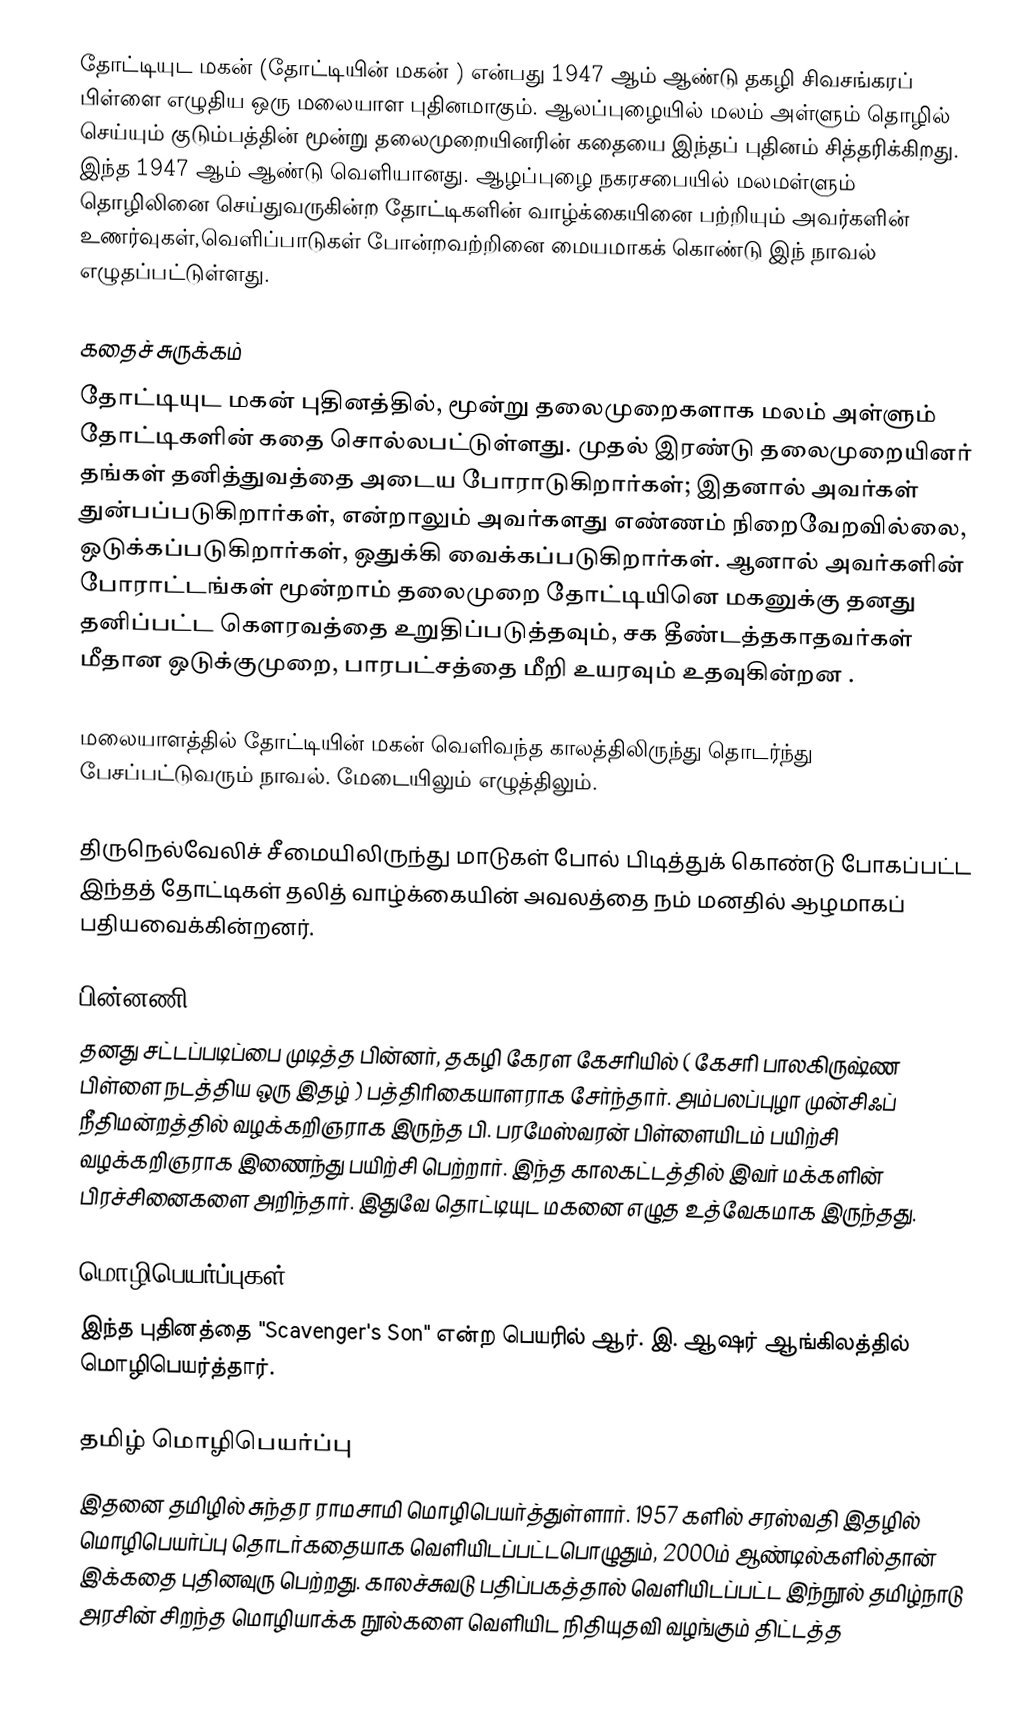
தோட்டியுட மகன் (தோட்டியின் மகன் ) என்பது 1947 ஆம் ஆண்டு தகழி சிவசங்கரப் பிள்ளை எழுதிய ஒரு மலையாள புதினமாகும்.  ஆலப்புழையில் மலம் அள்ளும் தொழில் செய்யும் குடும்பத்தின் மூன்று தலைமுறையினரின் கதையை இந்தப் புதினம்  சித்தரிக்கிறது. இந்த 1947 ஆம் ஆண்டு வெளியானது. ஆழப்புழை நகரசபையில் மலமள்ளும் தொழிலினை செய்துவருகின்ற தோட்டிகளின் வாழ்க்கையினை பற்றியும் அவர்களின் உணர்வுகள்,வெளிப்பாடுகள் போன்றவற்றினை மையமாகக் கொண்டு இந் நாவல் எழுதப்பட்டுள்ளது.

கதைச் சுருக்கம்
தோட்டியுட மகன் புதினத்தில், மூன்று தலைமுறைகளாக மலம் அள்ளும் தோட்டிகளின் கதை சொல்லபட்டுள்ளது. முதல் இரண்டு தலைமுறையினர் தங்கள் தனித்துவத்தை அடைய போராடுகிறார்கள்; இதனால் அவர்கள் துன்பப்படுகிறார்கள், என்றாலும் அவர்களது எண்ணம் நிறைவேறவில்லை, ஒடுக்கப்படுகிறார்கள், ஒதுக்கி வைக்கப்படுகிறார்கள். ஆனால் அவர்களின் போராட்டங்கள் மூன்றாம் தலைமுறை தோட்டியினெ மகனுக்கு தனது தனிப்பட்ட கௌரவத்தை உறுதிப்படுத்தவும், சக தீண்டத்தகாதவர்கள் மீதான ஒடுக்குமுறை,  பாரபட்சத்தை மீறி உயரவும் உதவுகின்றன .

மலையாளத்தில் தோட்டியின் மகன் வெளிவந்த காலத்திலிருந்து தொடர்ந்து பேசப்பட்டுவரும் நாவல். மேடையிலும் எழுத்திலும்.

திருநெல்வேலிச் சீமையிலிருந்து மாடுகள் போல் பிடித்துக் கொண்டு போகப்பட்ட இந்தத் தோட்டிகள் தலித் வாழ்க்கையின் அவலத்தை நம் மனதில் ஆழமாகப் பதியவைக்கின்றனர்.

பின்னணி
தனது சட்டப்படிப்பை முடித்த பின்னர், தகழி கேரள கேசரியில் ( கேசரி பாலகிருஷ்ண பிள்ளை நடத்திய ஒரு இதழ் ) பத்திரிகையாளராக சேர்ந்தார். அம்பலப்புழா முன்சிஃப் நீதிமன்றத்தில் வழக்கறிஞராக இருந்த பி. பரமேஸ்வரன் பிள்ளையிடம் பயிற்சி வழக்கறிஞராக இணைந்து பயிற்சி பெற்றார். இந்த காலகட்டத்தில் இவர் மக்களின் பிரச்சினைகளை அறிந்தார். இதுவே தொட்டியுட மகனை எழுத உத்வேகமாக இருந்தது.

மொழிபெயர்ப்புகள்
இந்த புதினத்தை "Scavenger's Son" என்ற பெயரில் ஆர். இ. ஆஷர் ஆங்கிலத்தில் மொழிபெயர்த்தார்.

தமிழ் மொழிபெயர்ப்பு
இதனை தமிழில் சுந்தர ராமசாமி மொழிபெயர்த்துள்ளார். 1957 களில் சரஸ்வதி இதழில் மொழிபெயர்ப்பு  தொடர்கதையாக வெளியிடப்பட்டபொழுதும், 2000ம் ஆண்டில்களில்தான் இக்கதை புதினவுரு பெற்றது. காலச்சுவடு பதிப்பகத்தால் வெளியிடப்பட்ட இந்நூல் தமிழ்நாடு அரசின் சிறந்த மொழியாக்க நூல்களை வெளியிட நிதியுதவி வழங்கும் திட்டத்த